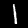
Label: 1